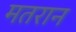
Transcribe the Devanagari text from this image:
मतरान